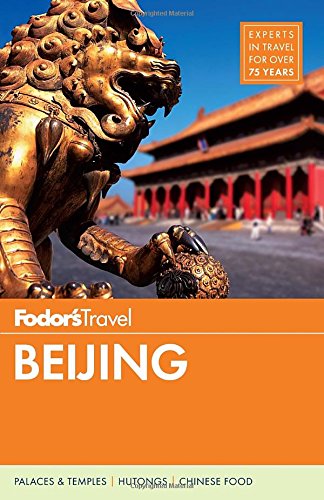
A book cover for Fodor's Beijing (Full-color Travel Guide); Fodor's; Travel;